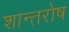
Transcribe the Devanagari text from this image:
शान्तरोष